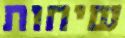
שיחות